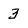
Character: 3